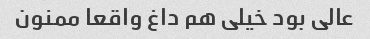
عالی بود خیلی هم داغ واقعا ممنون